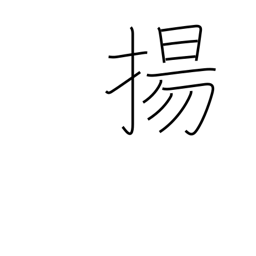
Meaning: fry in deep fat